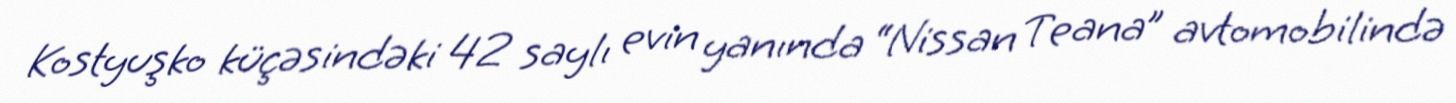
Kostyuşko küçəsindəki 42 saylı evin yanında “Nissan Teana” avtomobilində